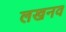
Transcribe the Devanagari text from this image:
लखनव